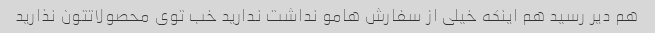
هم دیر رسید هم اینکه خیلی از سفارش هامو نداشت ندارید خب توی محصولاتتون نذارید